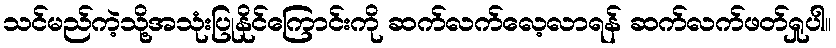
သင်မည်ကဲ့သို့အသုံးပြုနိုင်ကြောင်းကို ဆက်လက်လေ့လာရန် ဆက်လက်ဖတ်ရှုပါ။